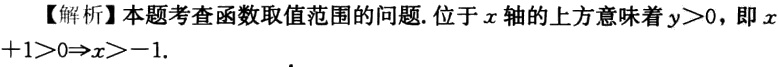
【解析】本题考查函数取值范围的问题.位于\(x\)轴的上方意味着\(y > 0\)，即\(x + 1>0\Rightarrow x>-1\).